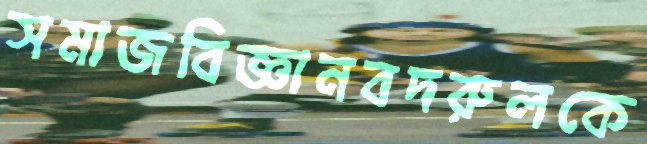
সমাজবিজ্ঞানবদরুলকে